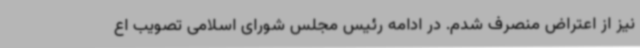
نیز از اعتراض منصرف شدم. در ادامه رئیس مجلس شورای اسلامی تصویب اع